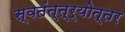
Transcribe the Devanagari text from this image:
स्वतंत्त्र्योत्तर